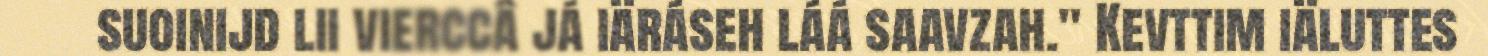
suoinijd lii vierccâ já iäráseh láá saavzah." Kevttim iäluttes